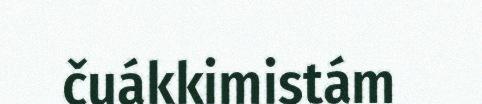
čuákkimistám